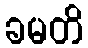
ခမတိ